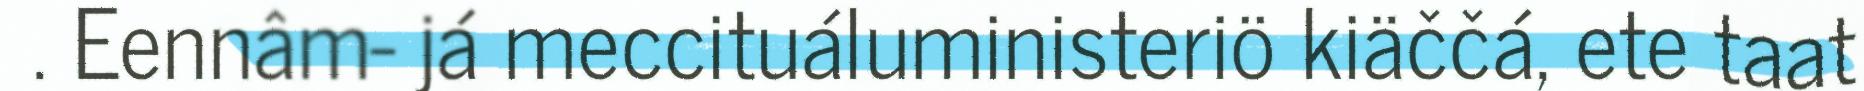
. Eennâm- já meccituáluministeriö kiäččá, ete taat